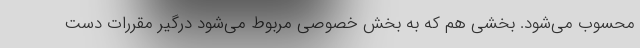
محسوب می‌شود. بخشی هم که به بخش خصوصی مربوط می‌شود درگیر مقررات دست